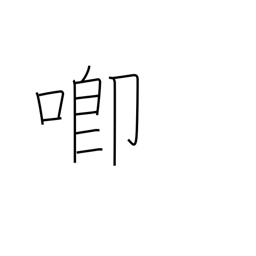
Meaning: speak resentfully